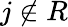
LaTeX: j\not\in R